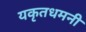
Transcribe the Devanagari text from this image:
यकृतधमनी